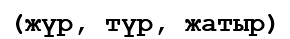
(жүр, түр, жатыр)